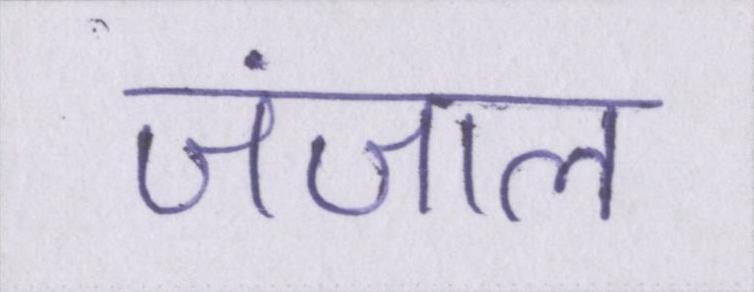
जंजाल